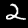
Digit: 2